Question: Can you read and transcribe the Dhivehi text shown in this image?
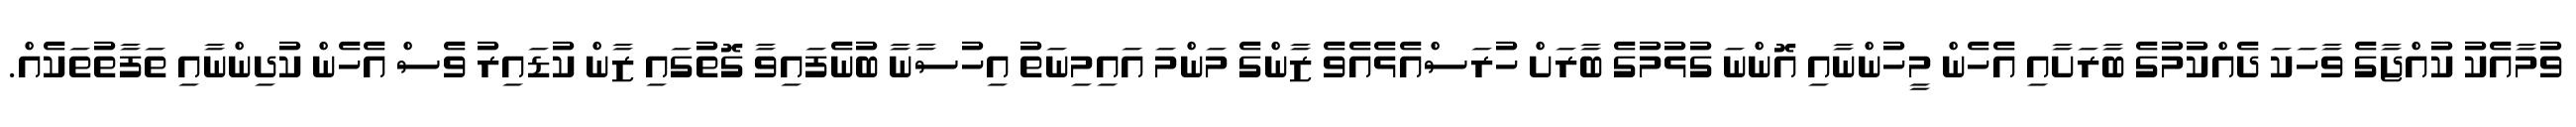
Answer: ވުމާއެކު ކުއްޖާގެ ވާހަކަ ދެއްކުމުގެ ބާރަށާއި އެހެން މީހުންނާއި އޮންނަ ގުޅުމުގެ ބާރަށް ހުރަސްއެޅެއެވެ ޒާންގެ މަންމަ އައިމިނަތު އިހުސާނާ ބުނެފައިވާ ގޮތުގައި ޒާން ކުޑައިރު ވެސް އެހެން ކުދިންނާއި ތަފާތުތަކެއް.